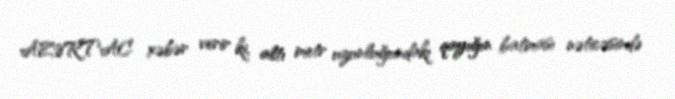
AZƏRTAC xəbər verir ki, altı metr uzunluğundakı qayığın batması nəticəsində